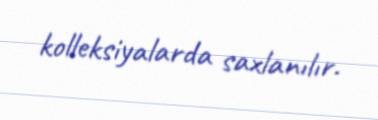
kolleksiyalarda saxlanılır.